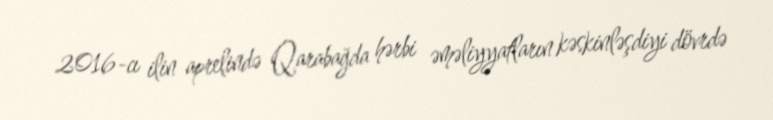
2016-cı ilin aprelində Qarabağda hərbi əməliyyatların kəskinləşdiyi dövrdə